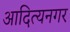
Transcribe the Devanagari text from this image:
आदित्यनगर